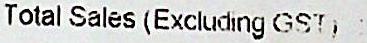
TOTAL SALES (EXCLUDING GST) :